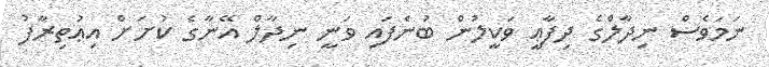
ނަމަވެސް ނިދާލްގެ ދިފާޢީ ވަކީލުން ބުނެފައި ވަނީ ނިދާލް އޭނާގެ ކުށަށް އިޢުތިރާފު